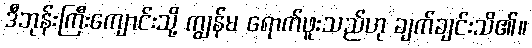
ဒီဘုန်းကြီးကျောင်းသို့ ကျွန်မ ရောက်ဖူးသည်ဟု ချက်ချင်းသိ၏။